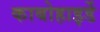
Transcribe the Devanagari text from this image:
काबोहाइर्डे